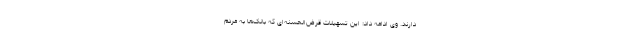
دارند. وی ادامه داد: این تسهیلات قرض‌الحسنه‌ای که بانک‌ها به مردم